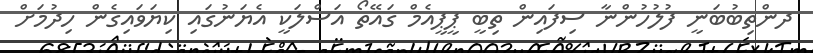
ދންތިބުބަނީ ފުލުހުންނާ ސިފައިން ތިބީ ޕީޕީއެމް ގައޭތޯ އަސްލަކީ އެޔަނުގައި ކިޔަވައިގެން ހިދުމަށް